Annual statistical returns and brief notes on vaccination in Bengal - 1909-1929
Year: 1909
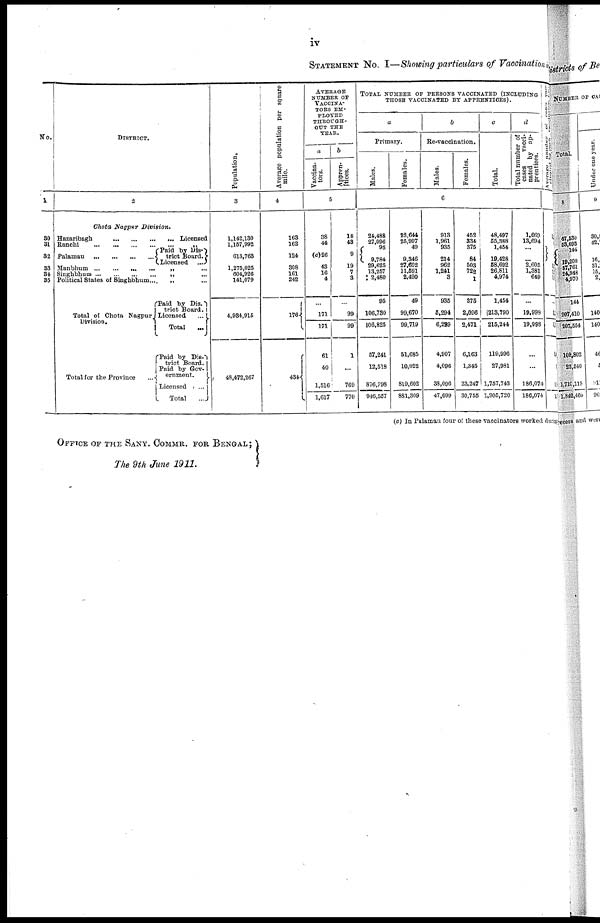
iv
STATEMENT No. I—Showing particulars of Vaccination
No.
1
30
31
32
33
34
35
DISTRICT.
2
Chota Nagpur Division.
Hazaribagh ...
...
...
...Licensed
Ranchi ... ... ... ... ... „
Palamau ... ... ... ...
Paid by Dis¬
trict Board.
Licensed ...
Manbhum ... ... ... ... „ ...
Singhbhum... ... ... ... ... „
...
Political States of Singhbhum... ... ...
Total of Chota Nagpur
Division.
Total for the Province...
Paid by Dis-
trict Board.
Licensed...
Total
...
Paid by Dis-
trict Board.
Paid by Gov-
ernment.
Licensed...
Total...
Population.
3
1,142,130
1,157,992
613,763
1,275,025
604, 926
141,079
4,934,915
48,472,267
Average population per square
mile.
4
163
162
124
308
161
242
176
434
AVERAGE
NUMBER OF
VACCINA-
---- EM-
PLOYED
THROUGH¬
OUT THE
YEAR.
a
Vaccina¬
tors.
b
Appren-
tices.
5
38
44
(c)26
43
16
4
...
171
171
61
40
1,516
1,617
18
43
9
19
7
3
...
99
99
1
...
769
770
TOTAL NUMBER OF PERSONS VACCINATED (INCLUDING
THOSE VACCINATED BY APPRENTICES).
a
Primary.
Males.
Females.
b
Re-vaccination.
Males.
Females.
c
Total.
d
Total number of
cases
vacci-
nated by ap-
prentices.
6
24,488
27,096
95
9,784
29,625
13,257
2,480
95
106,730
106,825
57,241
12,518
876,798
946,557
22,644
25,997
49
9,346
27,602
11,591
2,490
49
99,670
99,719
51,685
10,022
819,602
881,309
913
1,961
935
214
962
1,241
3
935
5,294
6,299
4,907
4,096
33,090
47,099
452
334
375
84
503
722
1
376
2,096
2,471
6,163
1,345
23,247
30,755
48,497
55,388
1,454
19,428
68,692
26,811
4,974
1,454
213,790
215,244
119,996
27,981
1,757,743
1,905,720
1,669
13,694
...
... 2,605
1,381
649
...
19,998
19,998
...
...
186,074
186,074
Average number of cases vacc¬
inated by each vaccinator &c.,
(c) In Palamau four of these vaccinators worked during
OFFICE OF THE SANY. COMMR. FOR BENGAL;
The 9th June 1911.